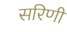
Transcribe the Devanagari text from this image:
सरिणी